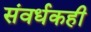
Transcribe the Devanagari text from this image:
संवर्धकही